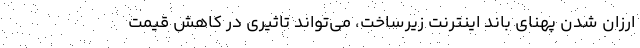
ارزان شدن پهنای باند اینترنت زیرساخت، می‌تواند تاثیری در کاهش قیمت